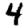
Digit: 4